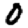
Digit: 0